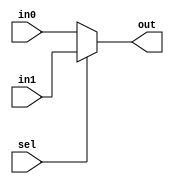
`timescale 1ns / 1ps
//////////////////////////////////////////////////////////////////////////////////
// Company: 
// Engineer: 
// 
// Design Name: 
// Module Name: mux2_1
// Project Name: 
// Target Devices: 
// Tool Versions: 
// Description: 
// 
// Dependencies: 
// 
// Revision:
// Revision 0.01 - File Created
// Additional Comments:
// 
//////////////////////////////////////////////////////////////////////////////////


module mux2_1(out,in0,in1,sel);
parameter WIDTH=32;
output	[WIDTH-1:0]	out;
input	[WIDTH-1:0]	in0;
input	[WIDTH-1:0]	in1;
input				sel;

assign out=sel?in1:in0;

endmodule